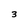
Character: 3